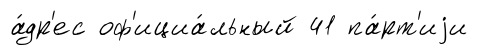
а́др'ес оф'ициа́льный 41 па́рт'иjи